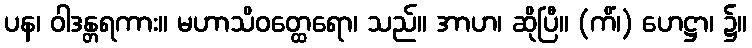
ပန၊ ဝါဒန္တရကား။ မဟာသိဝတ္ထေရော၊ သည်။ အာဟ၊ ဆိုပြီ။ (ကိံ၊) ဟေဋ္ဌာ၊ ၌။